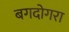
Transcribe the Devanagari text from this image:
बगदोगरा